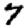
Digit: 7